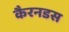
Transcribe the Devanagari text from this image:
कैरनडस